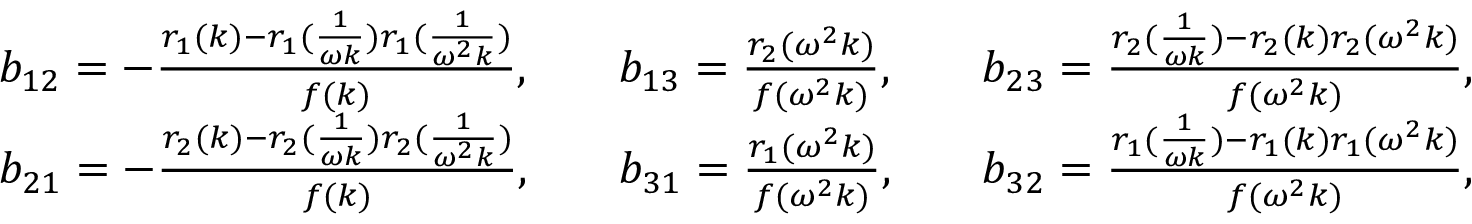
\begin{array} { r l r l r l } & { b _ { 1 2 } = - \frac { r _ { 1 } ( k ) - r _ { 1 } ( \frac { 1 } { \omega k } ) r _ { 1 } ( \frac { 1 } { \omega ^ { 2 } k } ) } { f ( k ) } , } & & { b _ { 1 3 } = \frac { r _ { 2 } ( \omega ^ { 2 } k ) } { f ( \omega ^ { 2 } k ) } , } & & { b _ { 2 3 } = \frac { r _ { 2 } ( \frac { 1 } { \omega k } ) - r _ { 2 } ( k ) r _ { 2 } ( \omega ^ { 2 } k ) } { f ( \omega ^ { 2 } k ) } , } \\ & { b _ { 2 1 } = - \frac { r _ { 2 } ( k ) - r _ { 2 } ( \frac { 1 } { \omega k } ) r _ { 2 } ( \frac { 1 } { \omega ^ { 2 } k } ) } { f ( k ) } , } & & { b _ { 3 1 } = \frac { r _ { 1 } ( \omega ^ { 2 } k ) } { f ( \omega ^ { 2 } k ) } , } & & { b _ { 3 2 } = \frac { r _ { 1 } ( \frac { 1 } { \omega k } ) - r _ { 1 } ( k ) r _ { 1 } ( \omega ^ { 2 } k ) } { f ( \omega ^ { 2 } k ) } , } \end{array}